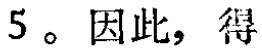
5。因此，得